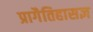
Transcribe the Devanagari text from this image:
प्रागैतिहासज्ञ